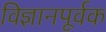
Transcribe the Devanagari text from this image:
विज्ञानपूर्वक